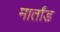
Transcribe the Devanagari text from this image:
मार्तांड